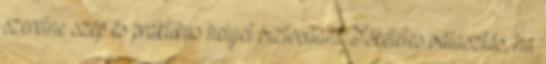
szeretne szép és praktikus helyet biztosítani Tökéletes választás, ha